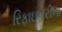
રિફાઇનરીના